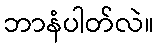
ဘာနံပါတ်လဲ။